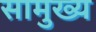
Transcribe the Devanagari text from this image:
सामुख्य